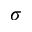
\sigma